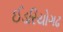
ઈડરિયોગઢ